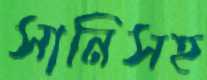
সানিসহ